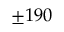
\pm 1 9 0